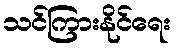
သင်ကြားနိုင်ရေး